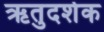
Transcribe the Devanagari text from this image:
ऋतुदर्शक